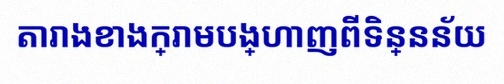
តារាងខាងក្រោមបង្ហាញពីទិន្នន័យ